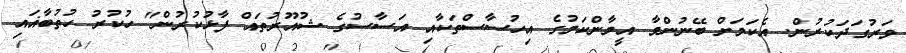
ވަރުގަދަކުރުން. އެކަމަށް ބޭނުންވާ އީމާންކަމުގެ އިހުސާސްތަކާއި އަސާސުގެ ޝުއޫރުތައް ފާޅުކުރުން" ހުކުރު ހުތުބާޣައި